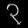
Digit: ၃